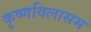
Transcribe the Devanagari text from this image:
कृष्णविलासम